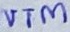
Text: VTM